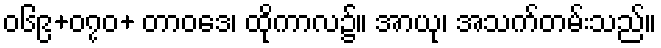
၀၆၉+၀၇၀+ တာဝဒေ၊ ထိုကာလ၌။ အာယု၊ အသက်တမ်းသည်။